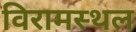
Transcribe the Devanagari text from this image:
विरामस्थल